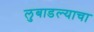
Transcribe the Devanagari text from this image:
लुबाडल्याचा